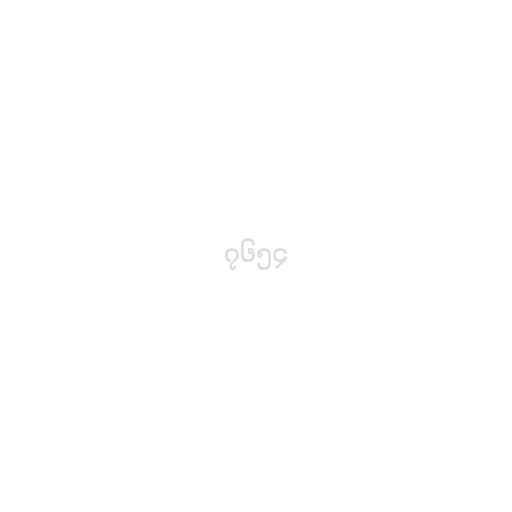
၇၆၅၄